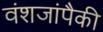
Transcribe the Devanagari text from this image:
वंशजांपैकी